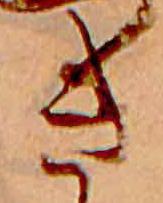
き